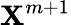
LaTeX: \mathbf{X}^{m+1}